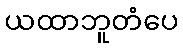
ယထာဘူတံပေ